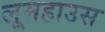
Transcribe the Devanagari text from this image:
लूमहाउस